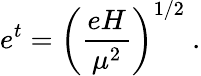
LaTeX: e^{t}=\left(\frac{eH}{\mu^{2}}\right)^{1/2}~.